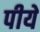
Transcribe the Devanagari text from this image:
पीयें